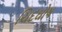
ચિદઘોષ